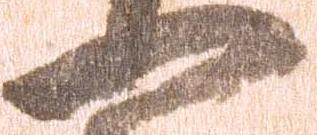
一